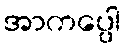
အာကပ္ပေါ